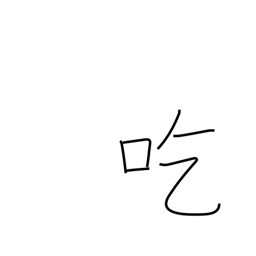
Meaning: stammer